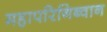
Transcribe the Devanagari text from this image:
महापरिनिब्वान